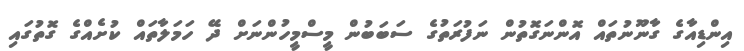
އިންޑިއާގެ ގާނޫނުތައް އޮންނަގޮތުން ނަފުރަތުގެ ސަބަބުން މީސްމީހުންނަށް ދޭ ހަމަލާތައް ކުށެއްގެ ގޮތުގައި